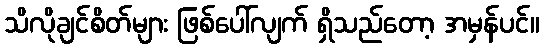
သိလိုချင်စိတ်များ ဖြစ်ပေါ်လျက် ရှိသည်တော့ အမှန်ပင်။